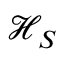
\mathcal { H } _ { S }